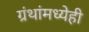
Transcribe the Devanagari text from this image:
ग्रंथांमध्येही